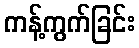
ကန့်ကွက်ခြင်း